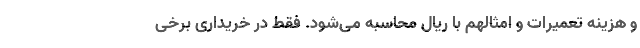
و هزینه تعمیرات و امثالهم با ریال محاسبه می‌شود. فقط در خریداری برخی